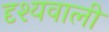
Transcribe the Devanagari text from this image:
दृश्यवाली